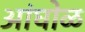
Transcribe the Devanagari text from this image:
अांघोळ